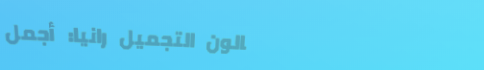
صالون التجميل رانيا: أجمل